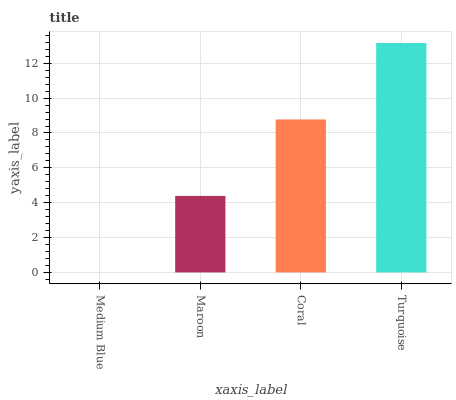
| xaxis_label | bars |
 | --- | --- |
 | Medium Blue | 0 |
 | Maroon | 4.39 |
 | Coral | 8.78 |
 | Turquoise | 13.2 |